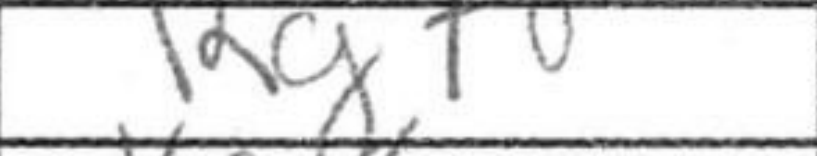
Transcription: Rg7